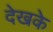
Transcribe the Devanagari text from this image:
देखके